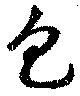
包